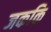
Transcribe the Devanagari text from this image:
जककि